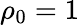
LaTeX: \rho_{0}=1